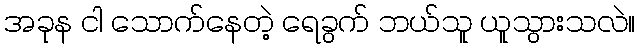
အခုန ငါ သောက်နေတဲ့ ရေခွက် ဘယ်သူ ယူသွားသလဲ။